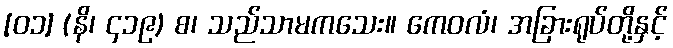
[၀၁] (နိ၊ ၄၁၉) စ၊ သည်သာမကသေး။ ကေဝလံ၊ အခြားရုပ်တို့နှင့်